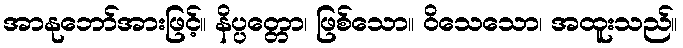
အာနုဘော်အားဖြင့်။ နိပ္ပတ္တော၊ ဖြစ်သော။ ဝိသေသော၊ အထူးသည်။